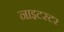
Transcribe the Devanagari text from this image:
नाइटस्टर